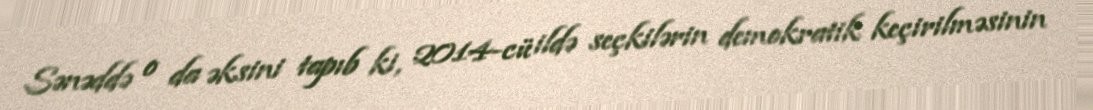
Sənəddə o da əksini tapıb ki, 2014-cü ildə seçkilərin demokratik keçirilməsinin